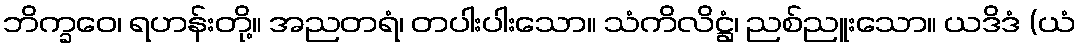
ဘိက္ခဝေ၊ ရဟန်းတို့။ အညတရံ၊ တပါးပါးသော။ သံကိလိဋ္ဌံ၊ ညစ်ညူးသော။ ယဒိဒံ (ယံ